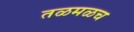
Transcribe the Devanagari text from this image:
तळमळच